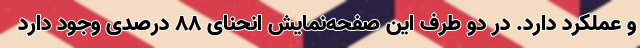
و عملکرد دارد. در دو طرف این صفحه‌نمایش انحنای 88 درصدی وجود دارد